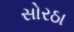
સોરઠા